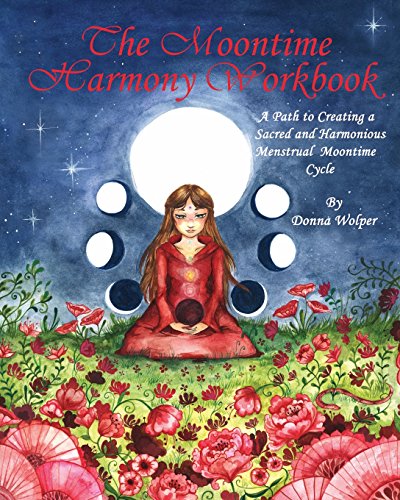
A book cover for The Moontime Harmony Workbook; Donna Wolper; Religion & Spirituality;